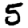
Digit: 5